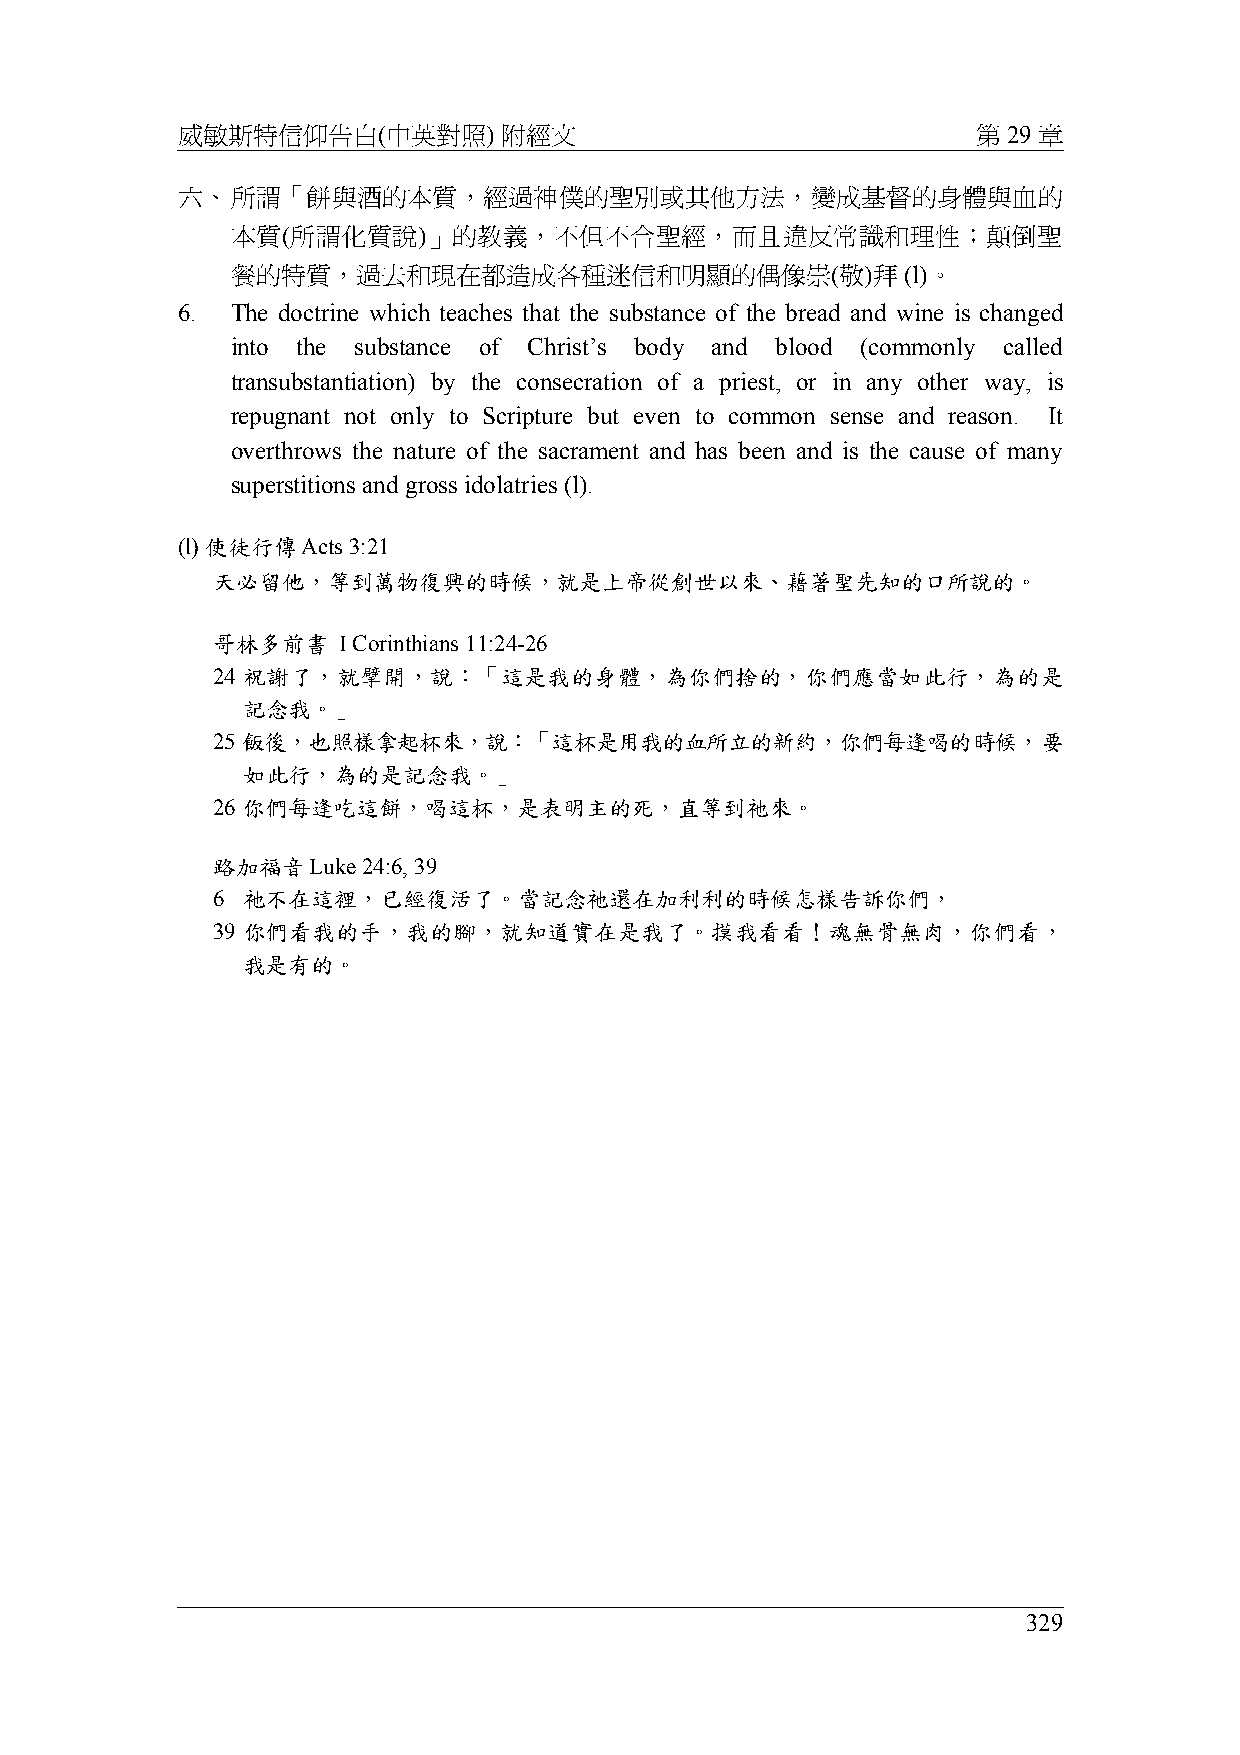
威敏斯特信仰告白(中英對照)       附經文                             第 29 章
 六、所謂「餅與酒的本質，經過神僕的聖別或其他方法，變成基督的身體與血的
 本質(所謂化質說)」的教義，不但不合聖經，而且違反常識和理性；顛倒聖
 餐的特質，過去和現在都造成各種迷信和明顯的偶像崇(敬)拜                 (l)。
 6. The doctrine which teaches that the substance of the bread and wine is changed
 into the substance of Christ’s body and blood (commonly called
 transubstantiation) by the consecration of a priest, or in any other way, is
 repugnant not only to Scripture but even to common sense and reason. It
 overthrows the nature of the sacrament and has been and is the cause of many
 superstitions and gross idolatries (l).
 (l) 使徒行傳Acts 3:21
 天必留他，等到萬物復興的時候，就是上帝從創世以來、藉著聖先知的口所說的。
 哥林多前書   I Corinthians 11:24-26
 24 祝謝了，就擘開，說：「這是我的身體，為你們捨的，你們應當如此行，為的是
 記念我。」
 25 飯後，也照樣拿起杯來，說：「這杯是用我的血所立的新約，你們每逢喝的時候，要
 如此行，為的是記念我。」
 26 你們每逢吃這餅，喝這杯，是表明主的死，直等到祂來。
 路加福音Luke  24:6, 39
 6 祂不在這裡，已經復活了。當記念祂還在加利利的時候怎樣告訴你們，
 39 你們看我的手，我的腳，就知道實在是我了。摸我看看！魂無骨無肉，你們看，
 我是有的。
 329